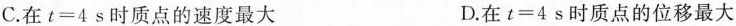
C.在$$t=4s$$时质点的速度最大 D.在$$t=4s$$时质点的位移最大